Annual administration report of the Civil Veterinary Department, Ajmere-Merwara, British Rajputana - 1914-1940
Year: 1914
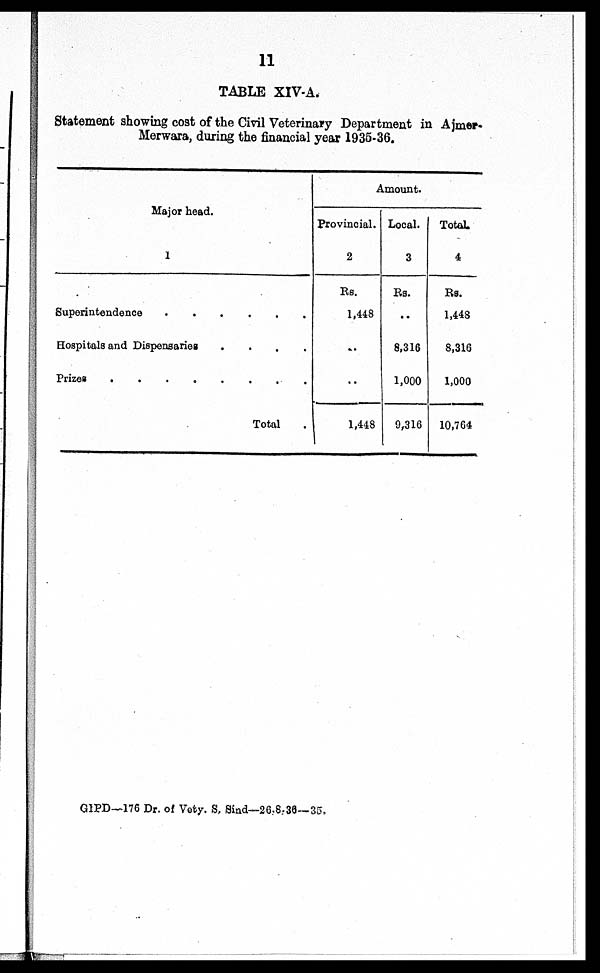
11
TABLE XIV-A.
Statement showing coat of the Civil Veterinary Department in Ajmer-
Merwara, during the financial year 1935-36.
Major head.
1
Superintendence . . . . . .
Hospitals and Dispensaries
....
Prizes . . . . . .
Total .
Provincial.
2
Rs.
1,448
..
1,448
Amount.
Local.
3
Rs.
..
8,316
1,000
9,316
Totol.
4
Rs.
1,448
8,316
1,000
10,764
GIPD—176 Dr. of Vety. S. Sind—26,8,36—35,